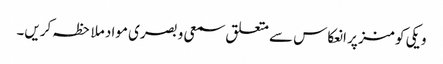
ویکی کومنز پر انعکاس سے متعلق سمعی و بصری مواد ملاحظہ کریں۔